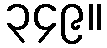
၃၄၉။